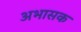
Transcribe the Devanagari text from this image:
अभासक